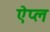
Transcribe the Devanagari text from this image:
ऐप्ल